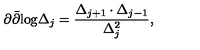
\partial \bar { \partial } \mathrm { l o g } \Delta _ { j } = \frac { \Delta _ { j + 1 } \cdot \Delta _ { j - 1 } } { \Delta _ { j } ^ { 2 } } ,